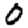
Digit: 0